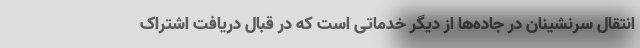
انتقال سرنشینان در جاده‌ها از دیگر خدماتی است که در قبال دریافت اشتراک